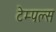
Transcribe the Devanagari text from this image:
टेम्पल्स